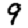
Digit: 9